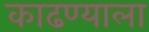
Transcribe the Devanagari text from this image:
काढण्याला